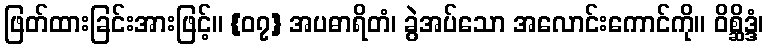
ဖြတ်ထားခြင်းအားဖြင့်။ {၀၇} အပဓာရိတံ၊ ခွဲအပ်သော အလောင်းကောင်ကို။ ဝိစ္ဆိဒ္ဒံ၊